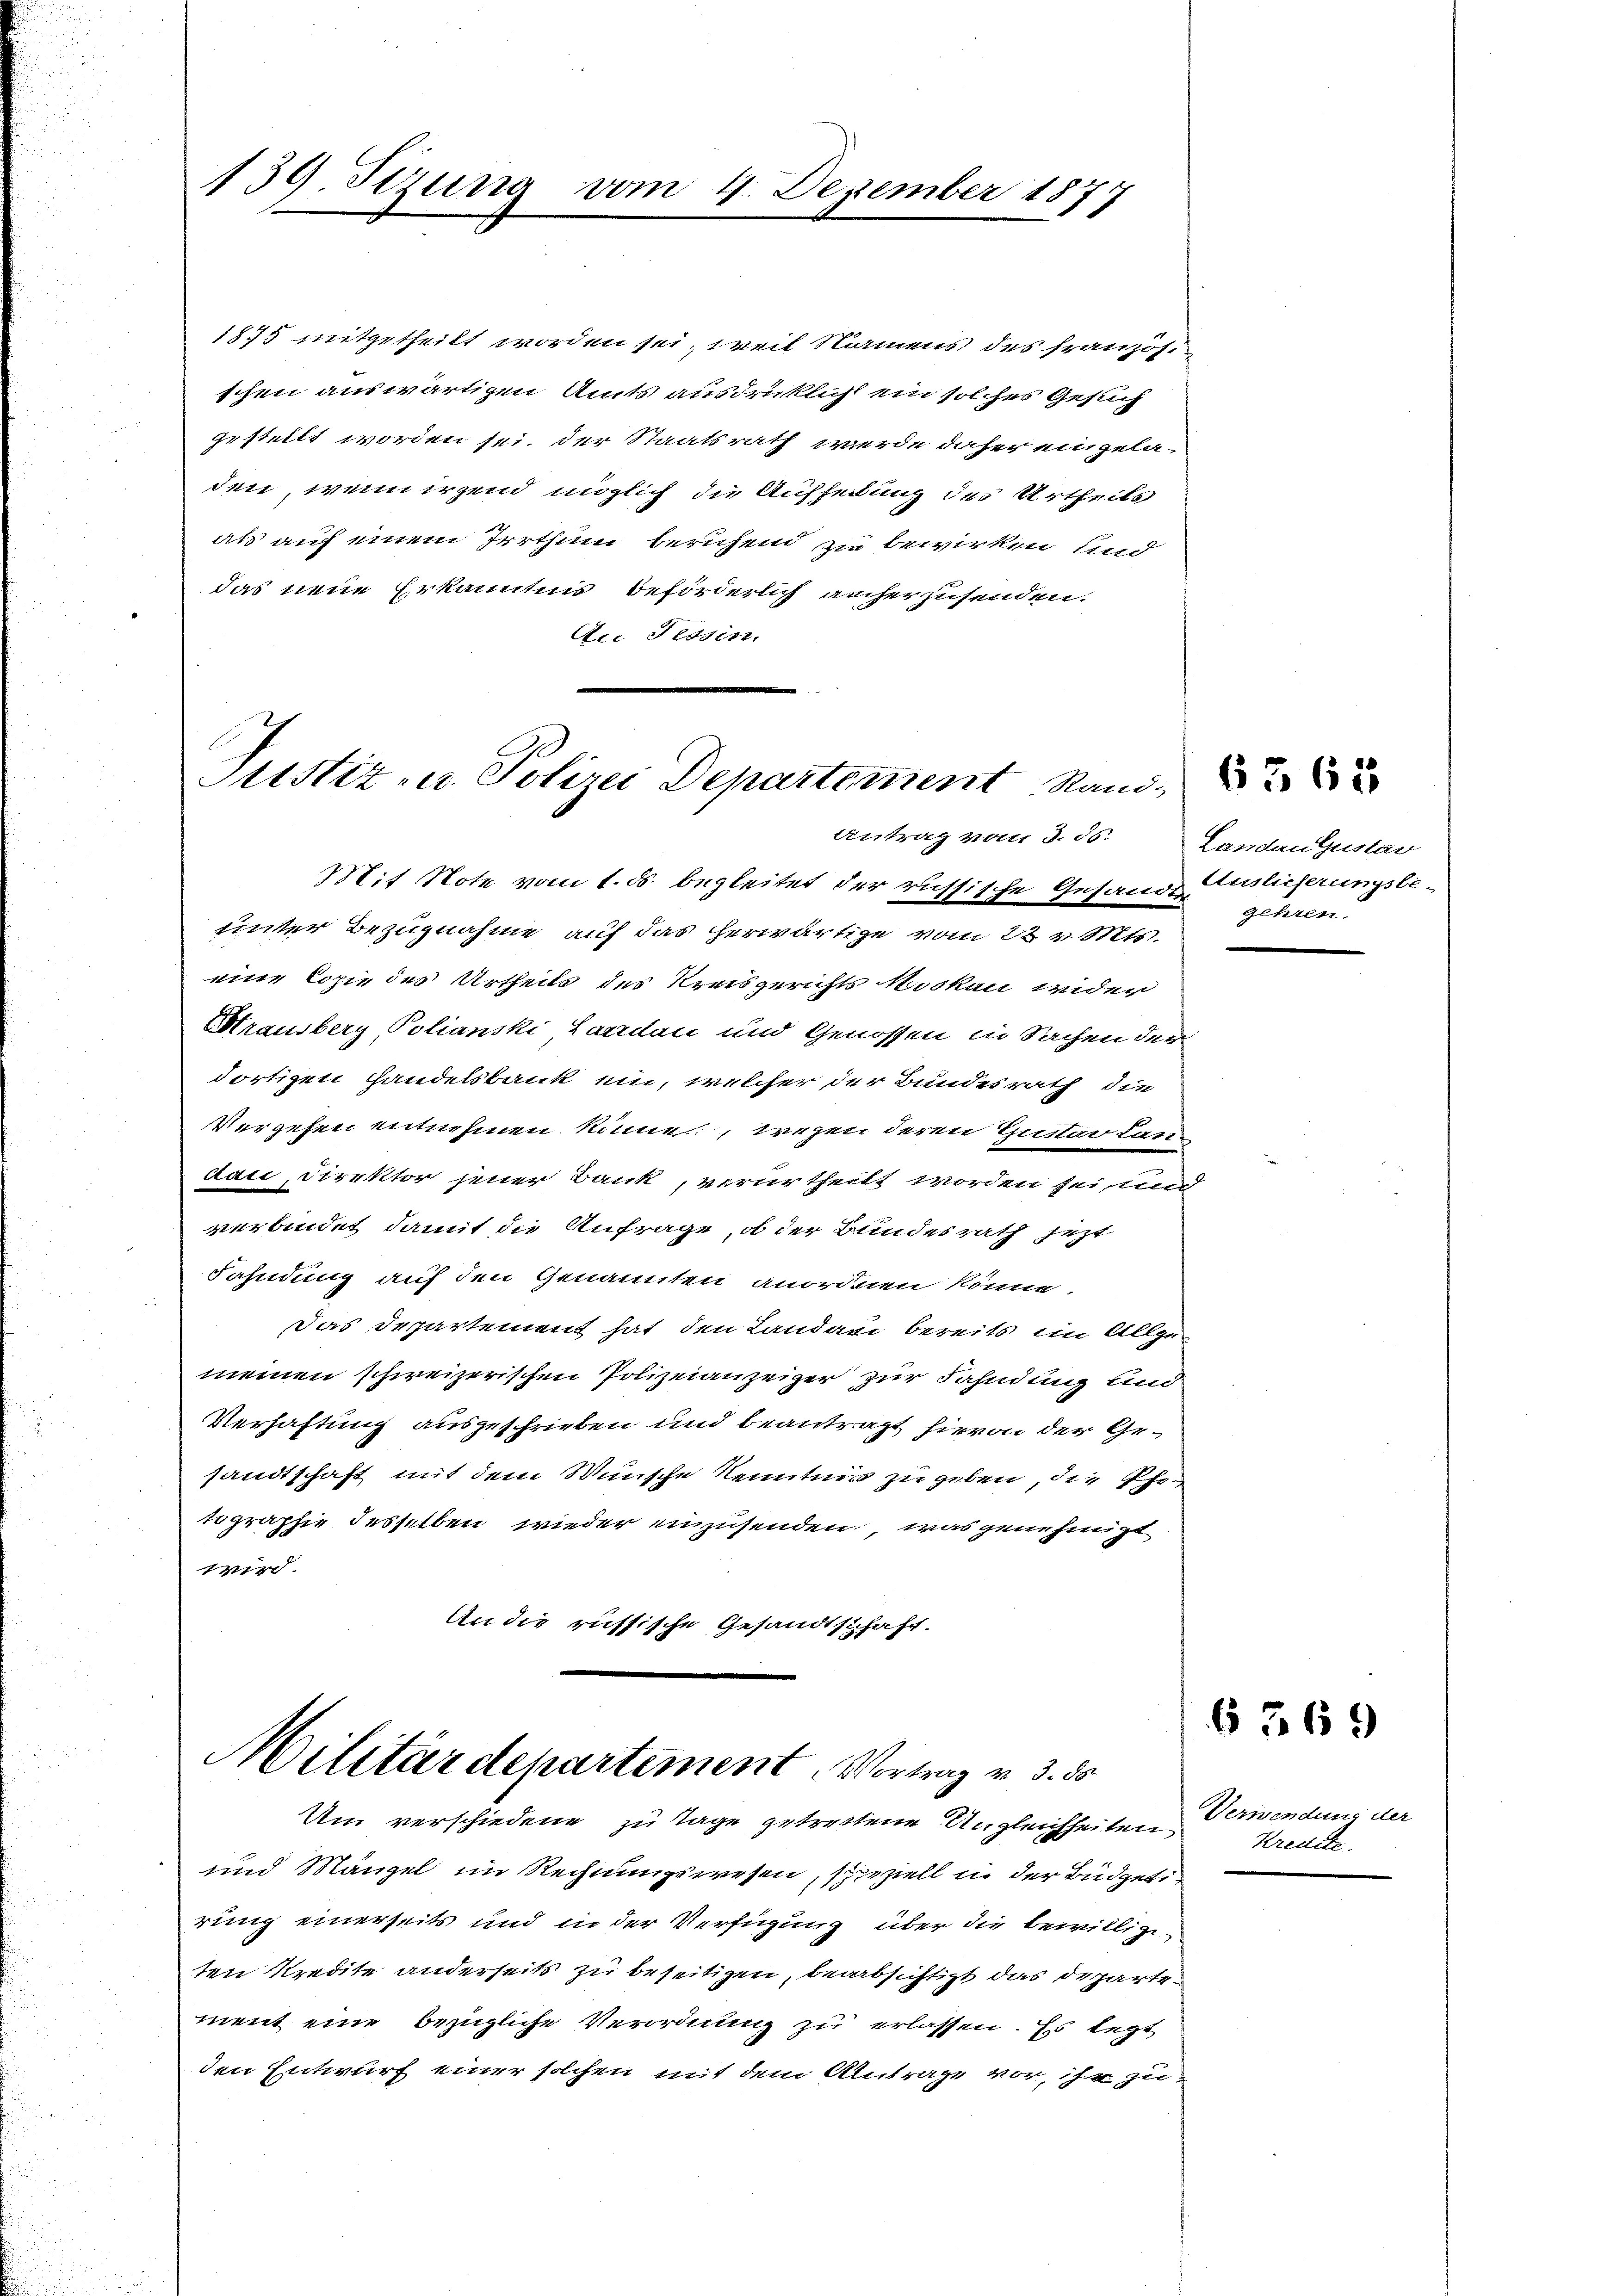
139. Sizung vom 4. Dezember 1877

1875 mitgetheilt worden sei, weil Namens des französi
schen auswärtigen Amts ausdrücklich ein solches Gesuch
gestellt worden sei, der Staatsrath werde daher eingeladen, wenn irgend möglich die Aufheilung des Urtheils
als auf einem Irrthum beruhend zu bewirken und
das neue Erkanntnis beförderlich aucher zusenden.
Ae Tessin.
Mit Note vom 1. ds. begleitet der russische Gesande Auslieferungsbeunter Bezugnahme auf das herwärtige vom 22 v. Mts
eine Copie des Urtheils des Kreisgerichts Nocken wider
Strausberg Polianski Landau und Genossen in Sachen der
dortigen Handelsbank ein, welcher der Bundesrath die
Vergehen entnehmen könne, wegen deren Gustar Landai, Direktor jener Bank, verurtheilt worden sei, und
verbindet, damit die Anfrage, ob der Bundesrath jezt
Fahndung auf den Genannten anordnen könne.
Das Departement hat den Landari bereits im Allgemeinen schweizerischen Polizeianzeiger zur Fahndung und
Verhaftung ausgeschrieben und beantragt hievon der Gesandtschaft mit dem Wunsche Kenntnis zu geben, die Phitographie desselben wieder anzusenden, was genehmigt
ind
An die russische Gesandtschaft.

Justiz- u. Polizei Departement Stand
Antrag vom 3. 85.

Militärdepartement Vortrag v. 3. ds
Um verschiedene zu Tage getrettene Angleichheiten

und Mängel im Rechnungswesen, speziell in der Büdgetirung einerseits und in der Verfügung über die bewillige
ten Kredite anderseits zu beseitigen, beabsichtigt das Departement eine bezügliche Verordnung zu erlassen. Es legt
den Entwurf einer solchen mit dem Antrage vor, ihr zu¬

Landau Gustan
gehren.

6362

6 369

Verwendung der
Kredite.